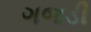
ગજડી